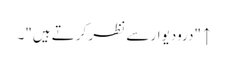
↑ "درودیوار سے نظر کرتے ہیں"۔